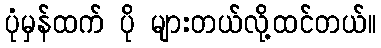
ပုံမှန်ထက် ပို များတယ်လို့ထင်တယ်။